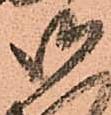
御